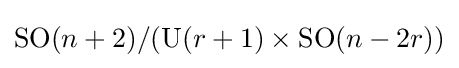
\operatorname {SO} (n+2)/(\operatorname {U} (r+1)\times \operatorname {SO} (n-2r))